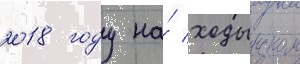
2018 году на́ ходынском